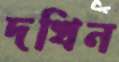
দখিন